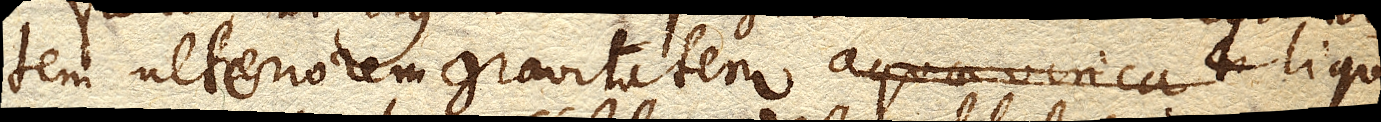
tem ulteriorem gravitatem aquae vincat liquo–